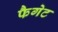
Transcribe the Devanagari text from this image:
फैगेट